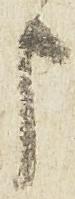
申